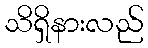
သိရှိနားလည်